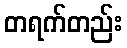
တရက်တည်း